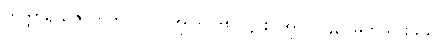
တက္ကာရိယဇာတက ပါ-ပ-အုပ်-၂၆၈၊ ဋ္ဌ-စ-အုပ်-၂၄၃၊ မှတ်သားဖွယ်